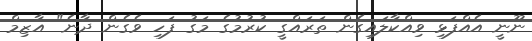
ނޫނީ އެއްފަޅި ވިއްކާލައިގެން ތަރައްގީ ކުރުމުގެ މަގު ފަހި ވެގެން ދާނެ" އާޒިމް